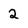
Character: 2